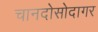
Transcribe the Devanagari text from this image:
चानदोसोदागर